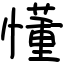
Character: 懂